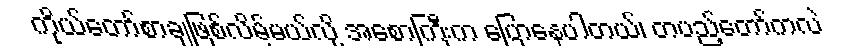
ကိုယ်တော်စာချဖြစ်လိမ့်မယ်လို့ အစောကြီးက ပြောနေပါတယ်၊ တပည့်တော်ကလဲ